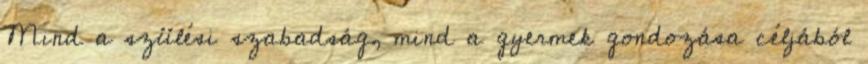
Mind a szülési szabadság, mind a gyermek gondozása céljából